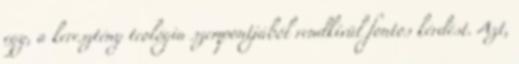
egy, a keresztény teológia szempontjából rendkívül fontos kérdést. Azt,